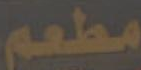
مطعم